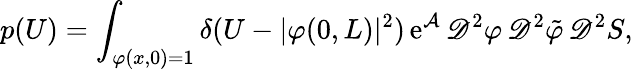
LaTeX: p(U)=\int_{\varphi(x,0)=1}\delta(U-\vert\varphi(0,L)\vert^{2})\, \mathrm{e}^{\mathcal{A}}\, \mathscr{D}^{2}\varphi\, \mathscr{D}^{2}\tilde{\varphi}\, \mathscr{D}^{2}S,